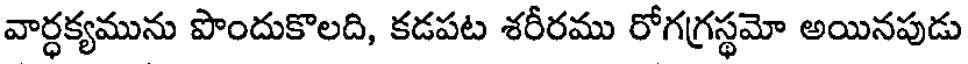
వార్ధక్యమును పొందుకొలది, కడపట శరీరము రోగగ్రస్థమో అయినపుడు